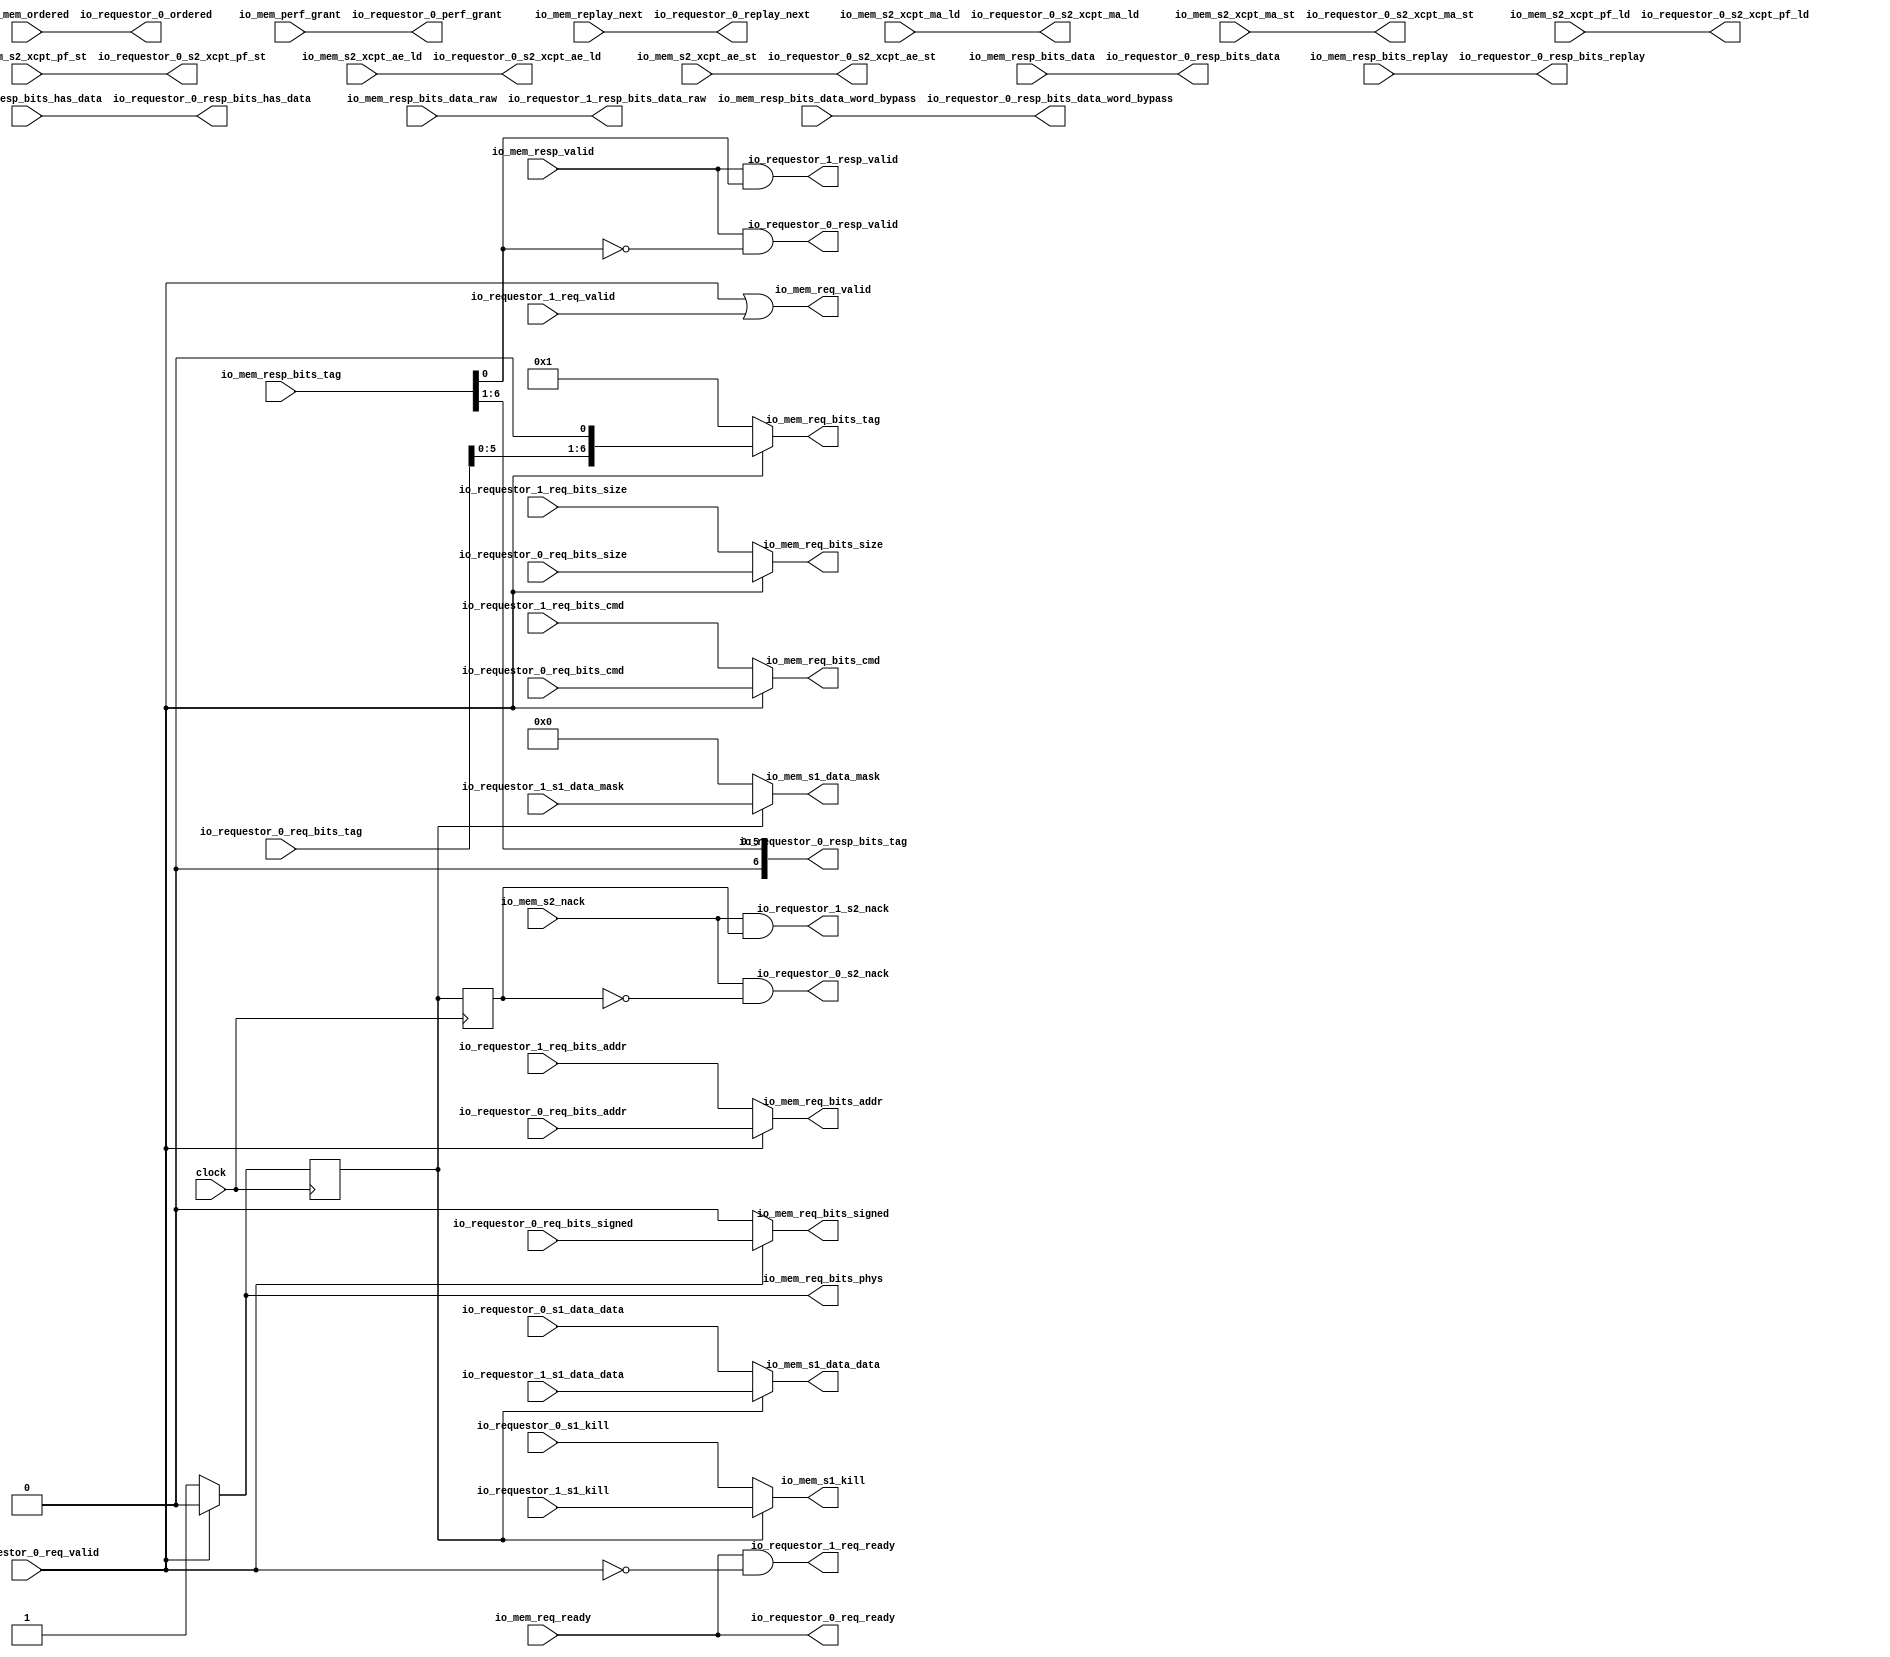
module HellaCacheArbiter( // @[:freechips.rocketchip.system.TinyConfig.fir@115355.2]
  input         clock, // @[:freechips.rocketchip.system.TinyConfig.fir@115356.4]
  output        io_requestor_0_req_ready, // @[:freechips.rocketchip.system.TinyConfig.fir@115358.4]
  input         io_requestor_0_req_valid, // @[:freechips.rocketchip.system.TinyConfig.fir@115358.4]
  input  [31:0] io_requestor_0_req_bits_addr, // @[:freechips.rocketchip.system.TinyConfig.fir@115358.4]
  input  [6:0]  io_requestor_0_req_bits_tag, // @[:freechips.rocketchip.system.TinyConfig.fir@115358.4]
  input  [4:0]  io_requestor_0_req_bits_cmd, // @[:freechips.rocketchip.system.TinyConfig.fir@115358.4]
  input  [1:0]  io_requestor_0_req_bits_size, // @[:freechips.rocketchip.system.TinyConfig.fir@115358.4]
  input         io_requestor_0_req_bits_signed, // @[:freechips.rocketchip.system.TinyConfig.fir@115358.4]
  input         io_requestor_0_s1_kill, // @[:freechips.rocketchip.system.TinyConfig.fir@115358.4]
  input  [31:0] io_requestor_0_s1_data_data, // @[:freechips.rocketchip.system.TinyConfig.fir@115358.4]
  output        io_requestor_0_s2_nack, // @[:freechips.rocketchip.system.TinyConfig.fir@115358.4]
  output        io_requestor_0_resp_valid, // @[:freechips.rocketchip.system.TinyConfig.fir@115358.4]
  output [6:0]  io_requestor_0_resp_bits_tag, // @[:freechips.rocketchip.system.TinyConfig.fir@115358.4]
  output [31:0] io_requestor_0_resp_bits_data, // @[:freechips.rocketchip.system.TinyConfig.fir@115358.4]
  output        io_requestor_0_resp_bits_replay, // @[:freechips.rocketchip.system.TinyConfig.fir@115358.4]
  output        io_requestor_0_resp_bits_has_data, // @[:freechips.rocketchip.system.TinyConfig.fir@115358.4]
  output [31:0] io_requestor_0_resp_bits_data_word_bypass, // @[:freechips.rocketchip.system.TinyConfig.fir@115358.4]
  output        io_requestor_0_replay_next, // @[:freechips.rocketchip.system.TinyConfig.fir@115358.4]
  output        io_requestor_0_s2_xcpt_ma_ld, // @[:freechips.rocketchip.system.TinyConfig.fir@115358.4]
  output        io_requestor_0_s2_xcpt_ma_st, // @[:freechips.rocketchip.system.TinyConfig.fir@115358.4]
  output        io_requestor_0_s2_xcpt_pf_ld, // @[:freechips.rocketchip.system.TinyConfig.fir@115358.4]
  output        io_requestor_0_s2_xcpt_pf_st, // @[:freechips.rocketchip.system.TinyConfig.fir@115358.4]
  output        io_requestor_0_s2_xcpt_ae_ld, // @[:freechips.rocketchip.system.TinyConfig.fir@115358.4]
  output        io_requestor_0_s2_xcpt_ae_st, // @[:freechips.rocketchip.system.TinyConfig.fir@115358.4]
  output        io_requestor_0_ordered, // @[:freechips.rocketchip.system.TinyConfig.fir@115358.4]
  output        io_requestor_0_perf_grant, // @[:freechips.rocketchip.system.TinyConfig.fir@115358.4]
  output        io_requestor_1_req_ready, // @[:freechips.rocketchip.system.TinyConfig.fir@115358.4]
  input         io_requestor_1_req_valid, // @[:freechips.rocketchip.system.TinyConfig.fir@115358.4]
  input  [31:0] io_requestor_1_req_bits_addr, // @[:freechips.rocketchip.system.TinyConfig.fir@115358.4]
  input  [4:0]  io_requestor_1_req_bits_cmd, // @[:freechips.rocketchip.system.TinyConfig.fir@115358.4]
  input  [1:0]  io_requestor_1_req_bits_size, // @[:freechips.rocketchip.system.TinyConfig.fir@115358.4]
  input         io_requestor_1_s1_kill, // @[:freechips.rocketchip.system.TinyConfig.fir@115358.4]
  input  [31:0] io_requestor_1_s1_data_data, // @[:freechips.rocketchip.system.TinyConfig.fir@115358.4]
  input  [3:0]  io_requestor_1_s1_data_mask, // @[:freechips.rocketchip.system.TinyConfig.fir@115358.4]
  output        io_requestor_1_s2_nack, // @[:freechips.rocketchip.system.TinyConfig.fir@115358.4]
  output        io_requestor_1_resp_valid, // @[:freechips.rocketchip.system.TinyConfig.fir@115358.4]
  output [31:0] io_requestor_1_resp_bits_data_raw, // @[:freechips.rocketchip.system.TinyConfig.fir@115358.4]
  input         io_mem_req_ready, // @[:freechips.rocketchip.system.TinyConfig.fir@115358.4]
  output        io_mem_req_valid, // @[:freechips.rocketchip.system.TinyConfig.fir@115358.4]
  output [31:0] io_mem_req_bits_addr, // @[:freechips.rocketchip.system.TinyConfig.fir@115358.4]
  output [6:0]  io_mem_req_bits_tag, // @[:freechips.rocketchip.system.TinyConfig.fir@115358.4]
  output [4:0]  io_mem_req_bits_cmd, // @[:freechips.rocketchip.system.TinyConfig.fir@115358.4]
  output [1:0]  io_mem_req_bits_size, // @[:freechips.rocketchip.system.TinyConfig.fir@115358.4]
  output        io_mem_req_bits_signed, // @[:freechips.rocketchip.system.TinyConfig.fir@115358.4]
  output        io_mem_req_bits_phys, // @[:freechips.rocketchip.system.TinyConfig.fir@115358.4]
  output        io_mem_s1_kill, // @[:freechips.rocketchip.system.TinyConfig.fir@115358.4]
  output [31:0] io_mem_s1_data_data, // @[:freechips.rocketchip.system.TinyConfig.fir@115358.4]
  output [3:0]  io_mem_s1_data_mask, // @[:freechips.rocketchip.system.TinyConfig.fir@115358.4]
  input         io_mem_s2_nack, // @[:freechips.rocketchip.system.TinyConfig.fir@115358.4]
  input         io_mem_resp_valid, // @[:freechips.rocketchip.system.TinyConfig.fir@115358.4]
  input  [6:0]  io_mem_resp_bits_tag, // @[:freechips.rocketchip.system.TinyConfig.fir@115358.4]
  input  [31:0] io_mem_resp_bits_data, // @[:freechips.rocketchip.system.TinyConfig.fir@115358.4]
  input         io_mem_resp_bits_replay, // @[:freechips.rocketchip.system.TinyConfig.fir@115358.4]
  input         io_mem_resp_bits_has_data, // @[:freechips.rocketchip.system.TinyConfig.fir@115358.4]
  input  [31:0] io_mem_resp_bits_data_word_bypass, // @[:freechips.rocketchip.system.TinyConfig.fir@115358.4]
  input  [31:0] io_mem_resp_bits_data_raw, // @[:freechips.rocketchip.system.TinyConfig.fir@115358.4]
  input         io_mem_replay_next, // @[:freechips.rocketchip.system.TinyConfig.fir@115358.4]
  input         io_mem_s2_xcpt_ma_ld, // @[:freechips.rocketchip.system.TinyConfig.fir@115358.4]
  input         io_mem_s2_xcpt_ma_st, // @[:freechips.rocketchip.system.TinyConfig.fir@115358.4]
  input         io_mem_s2_xcpt_pf_ld, // @[:freechips.rocketchip.system.TinyConfig.fir@115358.4]
  input         io_mem_s2_xcpt_pf_st, // @[:freechips.rocketchip.system.TinyConfig.fir@115358.4]
  input         io_mem_s2_xcpt_ae_ld, // @[:freechips.rocketchip.system.TinyConfig.fir@115358.4]
  input         io_mem_s2_xcpt_ae_st, // @[:freechips.rocketchip.system.TinyConfig.fir@115358.4]
  input         io_mem_ordered, // @[:freechips.rocketchip.system.TinyConfig.fir@115358.4]
  input         io_mem_perf_grant // @[:freechips.rocketchip.system.TinyConfig.fir@115358.4]
);
  reg  _T; // @[HellaCacheArbiter.scala 19:20:freechips.rocketchip.system.TinyConfig.fir@115363.4]
  reg [31:0] _RAND_0;
  reg  _T_1; // @[HellaCacheArbiter.scala 20:20:freechips.rocketchip.system.TinyConfig.fir@115364.4]
  reg [31:0] _RAND_1;
  wire  _T_4; // @[HellaCacheArbiter.scala 27:67:freechips.rocketchip.system.TinyConfig.fir@115371.4]
  wire [7:0] _T_7; // @[Cat.scala 30:58:freechips.rocketchip.system.TinyConfig.fir@115383.6]
  wire [7:0] _GEN_1; // @[HellaCacheArbiter.scala 49:26:freechips.rocketchip.system.TinyConfig.fir@115381.4]
  wire  _T_8; // @[HellaCacheArbiter.scala 50:21:freechips.rocketchip.system.TinyConfig.fir@115387.4]
  wire  _T_9; // @[HellaCacheArbiter.scala 51:21:freechips.rocketchip.system.TinyConfig.fir@115392.4]
  wire  _T_10; // @[HellaCacheArbiter.scala 59:41:freechips.rocketchip.system.TinyConfig.fir@115396.4]
  wire  _T_11; // @[HellaCacheArbiter.scala 59:57:freechips.rocketchip.system.TinyConfig.fir@115397.4]
  wire [5:0] _T_15; // @[HellaCacheArbiter.scala 70:45:freechips.rocketchip.system.TinyConfig.fir@115411.4]
  assign _T_4 = io_requestor_0_req_valid == 1'h0; // @[HellaCacheArbiter.scala 27:67:freechips.rocketchip.system.TinyConfig.fir@115371.4]
  assign _T_7 = {io_requestor_0_req_bits_tag,1'h0}; // @[Cat.scala 30:58:freechips.rocketchip.system.TinyConfig.fir@115383.6]
  assign _GEN_1 = io_requestor_0_req_valid ? _T_7 : 8'h1; // @[HellaCacheArbiter.scala 49:26:freechips.rocketchip.system.TinyConfig.fir@115381.4]
  assign _T_8 = _T == 1'h0; // @[HellaCacheArbiter.scala 50:21:freechips.rocketchip.system.TinyConfig.fir@115387.4]
  assign _T_9 = _T_1 == 1'h0; // @[HellaCacheArbiter.scala 51:21:freechips.rocketchip.system.TinyConfig.fir@115392.4]
  assign _T_10 = io_mem_resp_bits_tag[0]; // @[HellaCacheArbiter.scala 59:41:freechips.rocketchip.system.TinyConfig.fir@115396.4]
  assign _T_11 = _T_10 == 1'h0; // @[HellaCacheArbiter.scala 59:57:freechips.rocketchip.system.TinyConfig.fir@115397.4]
  assign _T_15 = io_mem_resp_bits_tag[6:1]; // @[HellaCacheArbiter.scala 70:45:freechips.rocketchip.system.TinyConfig.fir@115411.4]
  assign io_requestor_0_req_ready = io_mem_req_ready; // @[HellaCacheArbiter.scala 25:31:freechips.rocketchip.system.TinyConfig.fir@115370.4]
  assign io_requestor_0_s2_nack = io_mem_s2_nack & _T_9; // @[HellaCacheArbiter.scala 64:31:freechips.rocketchip.system.TinyConfig.fir@115405.4]
  assign io_requestor_0_resp_valid = io_mem_resp_valid & _T_11; // @[HellaCacheArbiter.scala 60:18:freechips.rocketchip.system.TinyConfig.fir@115399.4]
  assign io_requestor_0_resp_bits_tag = {{1'd0}, _T_15}; // @[HellaCacheArbiter.scala 69:17:freechips.rocketchip.system.TinyConfig.fir@115410.4 HellaCacheArbiter.scala 70:21:freechips.rocketchip.system.TinyConfig.fir@115412.4]
  assign io_requestor_0_resp_bits_data = io_mem_resp_bits_data; // @[HellaCacheArbiter.scala 69:17:freechips.rocketchip.system.TinyConfig.fir@115410.4]
  assign io_requestor_0_resp_bits_replay = io_mem_resp_bits_replay; // @[HellaCacheArbiter.scala 69:17:freechips.rocketchip.system.TinyConfig.fir@115410.4]
  assign io_requestor_0_resp_bits_has_data = io_mem_resp_bits_has_data; // @[HellaCacheArbiter.scala 69:17:freechips.rocketchip.system.TinyConfig.fir@115410.4]
  assign io_requestor_0_resp_bits_data_word_bypass = io_mem_resp_bits_data_word_bypass; // @[HellaCacheArbiter.scala 69:17:freechips.rocketchip.system.TinyConfig.fir@115410.4]
  assign io_requestor_0_replay_next = io_mem_replay_next; // @[HellaCacheArbiter.scala 72:35:freechips.rocketchip.system.TinyConfig.fir@115413.4]
  assign io_requestor_0_s2_xcpt_ma_ld = io_mem_s2_xcpt_ma_ld; // @[HellaCacheArbiter.scala 61:31:freechips.rocketchip.system.TinyConfig.fir@115400.4]
  assign io_requestor_0_s2_xcpt_ma_st = io_mem_s2_xcpt_ma_st; // @[HellaCacheArbiter.scala 61:31:freechips.rocketchip.system.TinyConfig.fir@115400.4]
  assign io_requestor_0_s2_xcpt_pf_ld = io_mem_s2_xcpt_pf_ld; // @[HellaCacheArbiter.scala 61:31:freechips.rocketchip.system.TinyConfig.fir@115400.4]
  assign io_requestor_0_s2_xcpt_pf_st = io_mem_s2_xcpt_pf_st; // @[HellaCacheArbiter.scala 61:31:freechips.rocketchip.system.TinyConfig.fir@115400.4]
  assign io_requestor_0_s2_xcpt_ae_ld = io_mem_s2_xcpt_ae_ld; // @[HellaCacheArbiter.scala 61:31:freechips.rocketchip.system.TinyConfig.fir@115400.4]
  assign io_requestor_0_s2_xcpt_ae_st = io_mem_s2_xcpt_ae_st; // @[HellaCacheArbiter.scala 61:31:freechips.rocketchip.system.TinyConfig.fir@115400.4]
  assign io_requestor_0_ordered = io_mem_ordered; // @[HellaCacheArbiter.scala 62:31:freechips.rocketchip.system.TinyConfig.fir@115401.4]
  assign io_requestor_0_perf_grant = io_mem_perf_grant; // @[HellaCacheArbiter.scala 63:28:freechips.rocketchip.system.TinyConfig.fir@115402.4]
  assign io_requestor_1_req_ready = io_requestor_0_req_ready & _T_4; // @[HellaCacheArbiter.scala 27:33:freechips.rocketchip.system.TinyConfig.fir@115373.4]
  assign io_requestor_1_s2_nack = io_mem_s2_nack & _T_1; // @[HellaCacheArbiter.scala 64:31:freechips.rocketchip.system.TinyConfig.fir@115423.4]
  assign io_requestor_1_resp_valid = io_mem_resp_valid & _T_10; // @[HellaCacheArbiter.scala 60:18:freechips.rocketchip.system.TinyConfig.fir@115417.4]
  assign io_requestor_1_resp_bits_data_raw = io_mem_resp_bits_data_raw; // @[HellaCacheArbiter.scala 69:17:freechips.rocketchip.system.TinyConfig.fir@115428.4]
  assign io_mem_req_valid = io_requestor_0_req_valid | io_requestor_1_req_valid; // @[HellaCacheArbiter.scala 24:22:freechips.rocketchip.system.TinyConfig.fir@115369.4]
  assign io_mem_req_bits_addr = io_requestor_0_req_valid ? io_requestor_0_req_bits_addr : io_requestor_1_req_bits_addr; // @[HellaCacheArbiter.scala 32:25:freechips.rocketchip.system.TinyConfig.fir@115374.4 HellaCacheArbiter.scala 32:25:freechips.rocketchip.system.TinyConfig.fir@115382.6]
  assign io_mem_req_bits_tag = _GEN_1[6:0]; // @[HellaCacheArbiter.scala 32:25:freechips.rocketchip.system.TinyConfig.fir@115374.4 HellaCacheArbiter.scala 33:29:freechips.rocketchip.system.TinyConfig.fir@115376.4 HellaCacheArbiter.scala 32:25:freechips.rocketchip.system.TinyConfig.fir@115382.6 HellaCacheArbiter.scala 33:29:freechips.rocketchip.system.TinyConfig.fir@115384.6]
  assign io_mem_req_bits_cmd = io_requestor_0_req_valid ? io_requestor_0_req_bits_cmd : io_requestor_1_req_bits_cmd; // @[HellaCacheArbiter.scala 32:25:freechips.rocketchip.system.TinyConfig.fir@115374.4 HellaCacheArbiter.scala 32:25:freechips.rocketchip.system.TinyConfig.fir@115382.6]
  assign io_mem_req_bits_size = io_requestor_0_req_valid ? io_requestor_0_req_bits_size : io_requestor_1_req_bits_size; // @[HellaCacheArbiter.scala 32:25:freechips.rocketchip.system.TinyConfig.fir@115374.4 HellaCacheArbiter.scala 32:25:freechips.rocketchip.system.TinyConfig.fir@115382.6]
  assign io_mem_req_bits_signed = io_requestor_0_req_valid ? io_requestor_0_req_bits_signed : 1'h0; // @[HellaCacheArbiter.scala 32:25:freechips.rocketchip.system.TinyConfig.fir@115374.4 HellaCacheArbiter.scala 32:25:freechips.rocketchip.system.TinyConfig.fir@115382.6]
  assign io_mem_req_bits_phys = io_requestor_0_req_valid ? 1'h0 : 1'h1; // @[HellaCacheArbiter.scala 32:25:freechips.rocketchip.system.TinyConfig.fir@115374.4 HellaCacheArbiter.scala 32:25:freechips.rocketchip.system.TinyConfig.fir@115382.6]
  assign io_mem_s1_kill = _T_8 ? io_requestor_0_s1_kill : io_requestor_1_s1_kill; // @[HellaCacheArbiter.scala 37:24:freechips.rocketchip.system.TinyConfig.fir@115378.4 HellaCacheArbiter.scala 37:24:freechips.rocketchip.system.TinyConfig.fir@115389.6]
  assign io_mem_s1_data_data = _T_8 ? io_requestor_0_s1_data_data : io_requestor_1_s1_data_data; // @[HellaCacheArbiter.scala 38:24:freechips.rocketchip.system.TinyConfig.fir@115379.4 HellaCacheArbiter.scala 38:24:freechips.rocketchip.system.TinyConfig.fir@115390.6]
  assign io_mem_s1_data_mask = _T_8 ? 4'h0 : io_requestor_1_s1_data_mask; // @[HellaCacheArbiter.scala 38:24:freechips.rocketchip.system.TinyConfig.fir@115379.4 HellaCacheArbiter.scala 38:24:freechips.rocketchip.system.TinyConfig.fir@115390.6]
`ifdef RANDOMIZE_GARBAGE_ASSIGN
`define RANDOMIZE
`endif
`ifdef RANDOMIZE_INVALID_ASSIGN
`define RANDOMIZE
`endif
`ifdef RANDOMIZE_REG_INIT
`define RANDOMIZE
`endif
`ifdef RANDOMIZE_MEM_INIT
`define RANDOMIZE
`endif
`ifndef RANDOM
`define RANDOM $random
`endif
`ifdef RANDOMIZE_MEM_INIT
  integer initvar;
`endif
initial begin
  `ifdef RANDOMIZE
    `ifdef INIT_RANDOM
      `INIT_RANDOM
    `endif
    `ifndef VERILATOR
      `ifdef RANDOMIZE_DELAY
        #`RANDOMIZE_DELAY begin end
      `else
        #0.002 begin end
      `endif
    `endif
  `ifdef RANDOMIZE_REG_INIT
  _RAND_0 = {1{`RANDOM}};
  _T = _RAND_0[0:0];
  `endif // RANDOMIZE_REG_INIT
  `ifdef RANDOMIZE_REG_INIT
  _RAND_1 = {1{`RANDOM}};
  _T_1 = _RAND_1[0:0];
  `endif // RANDOMIZE_REG_INIT
  `endif // RANDOMIZE
end
  always @(posedge clock) begin
    if (io_requestor_0_req_valid) begin
      _T <= 1'h0;
    end else begin
      _T <= 1'h1;
    end
    _T_1 <= _T;
  end
endmodule